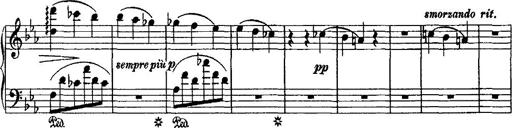
Title: Grande valse di bravura
Composer: Franz Liszt